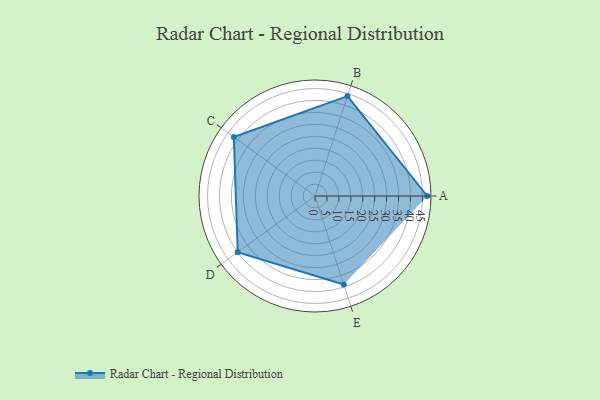
{"axis": {"x": "Skill", "y": "Score"}, "legend": ["Profile"], "data": [{"x": "A", "y": 47.0, "type": "Profile"}, {"x": "B", "y": 44.0, "type": "Profile"}, {"x": "C", "y": 42.0, "type": "Profile"}, {"x": "D", "y": 40.0, "type": "Profile"}, {"x": "E", "y": 39.0, "type": "Profile"}]}